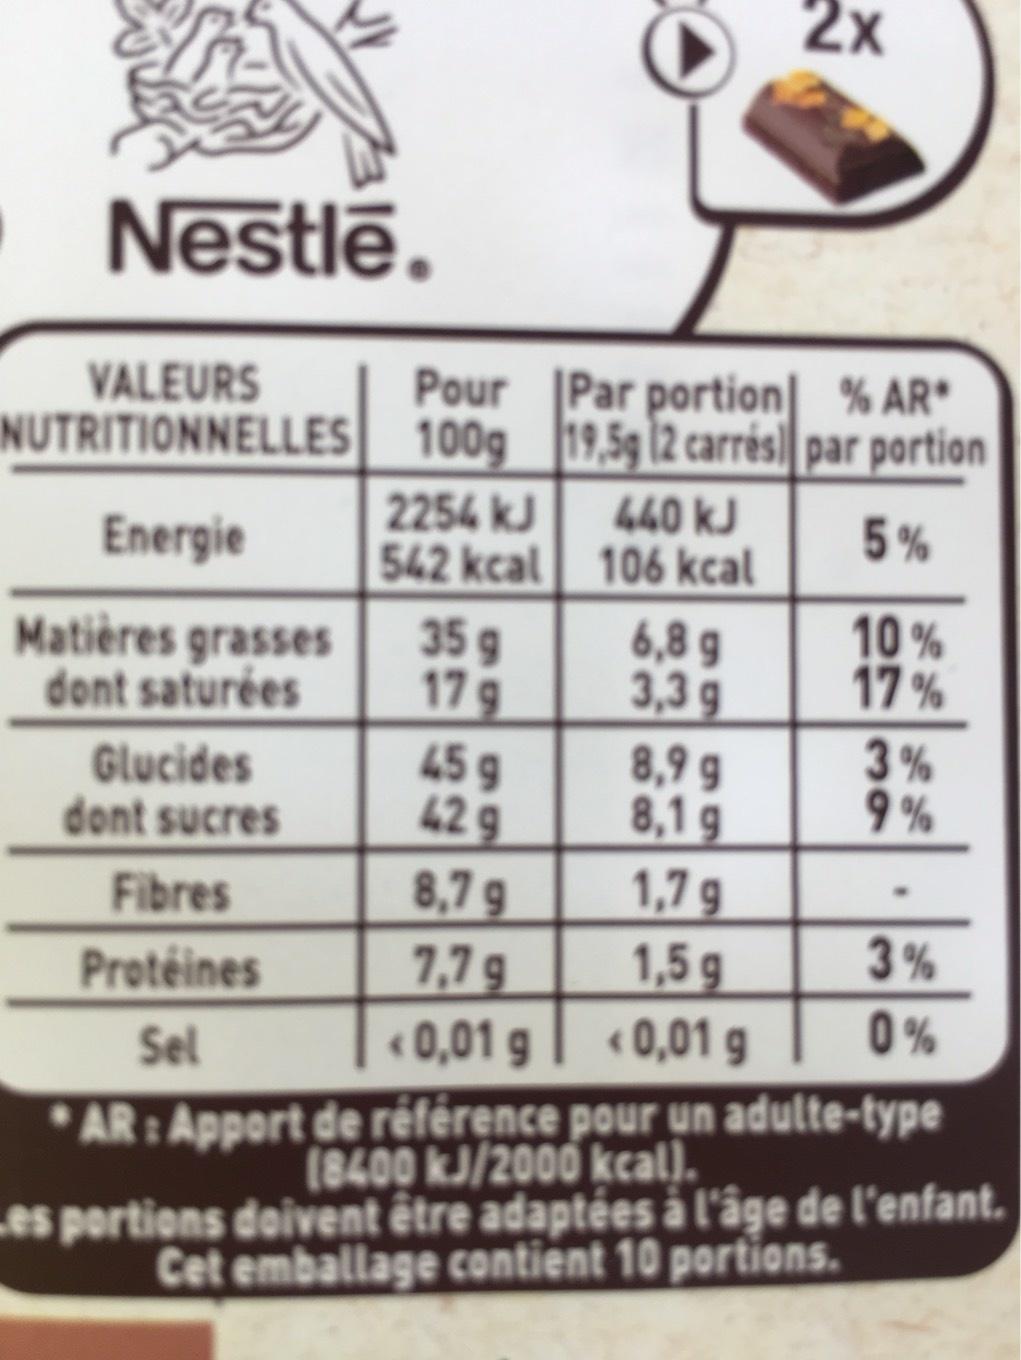
Nestle.
VALEURS NUTRITIONNELLES
Energie
Matières grasses dont saturées
Glucides
dont sucres
Pour 100g
Fibres
Protéines
Sel
2254 kJ
542 kcal
35 g
17 g
Par portion 19,5g 12 carrés
440 kJ
106 kcal
6,8 g
3,39
45 g
429
8,7 g
7,79
<0,01 g
AR: Apport de référence pour un adulte-type (8400 kJ/2000 kcal).
8,99
8,19
2x
1,7 g
1,5 g
<0,01 g
% AR* par portion
5%
10%
17%
3%
9%
3%
0%
Les portions doivent être adaptées à l'âge de l'enfant. Cet emballage contient 10 portions.